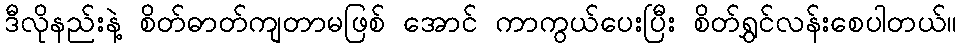
ဒီလိုနည်းနဲ့ စိတ်ဓာတ်ကျတာမဖြစ် အောင် ကာကွယ်ပေးပြီး စိတ်ရွှင်လန်းစေပါတယ်။